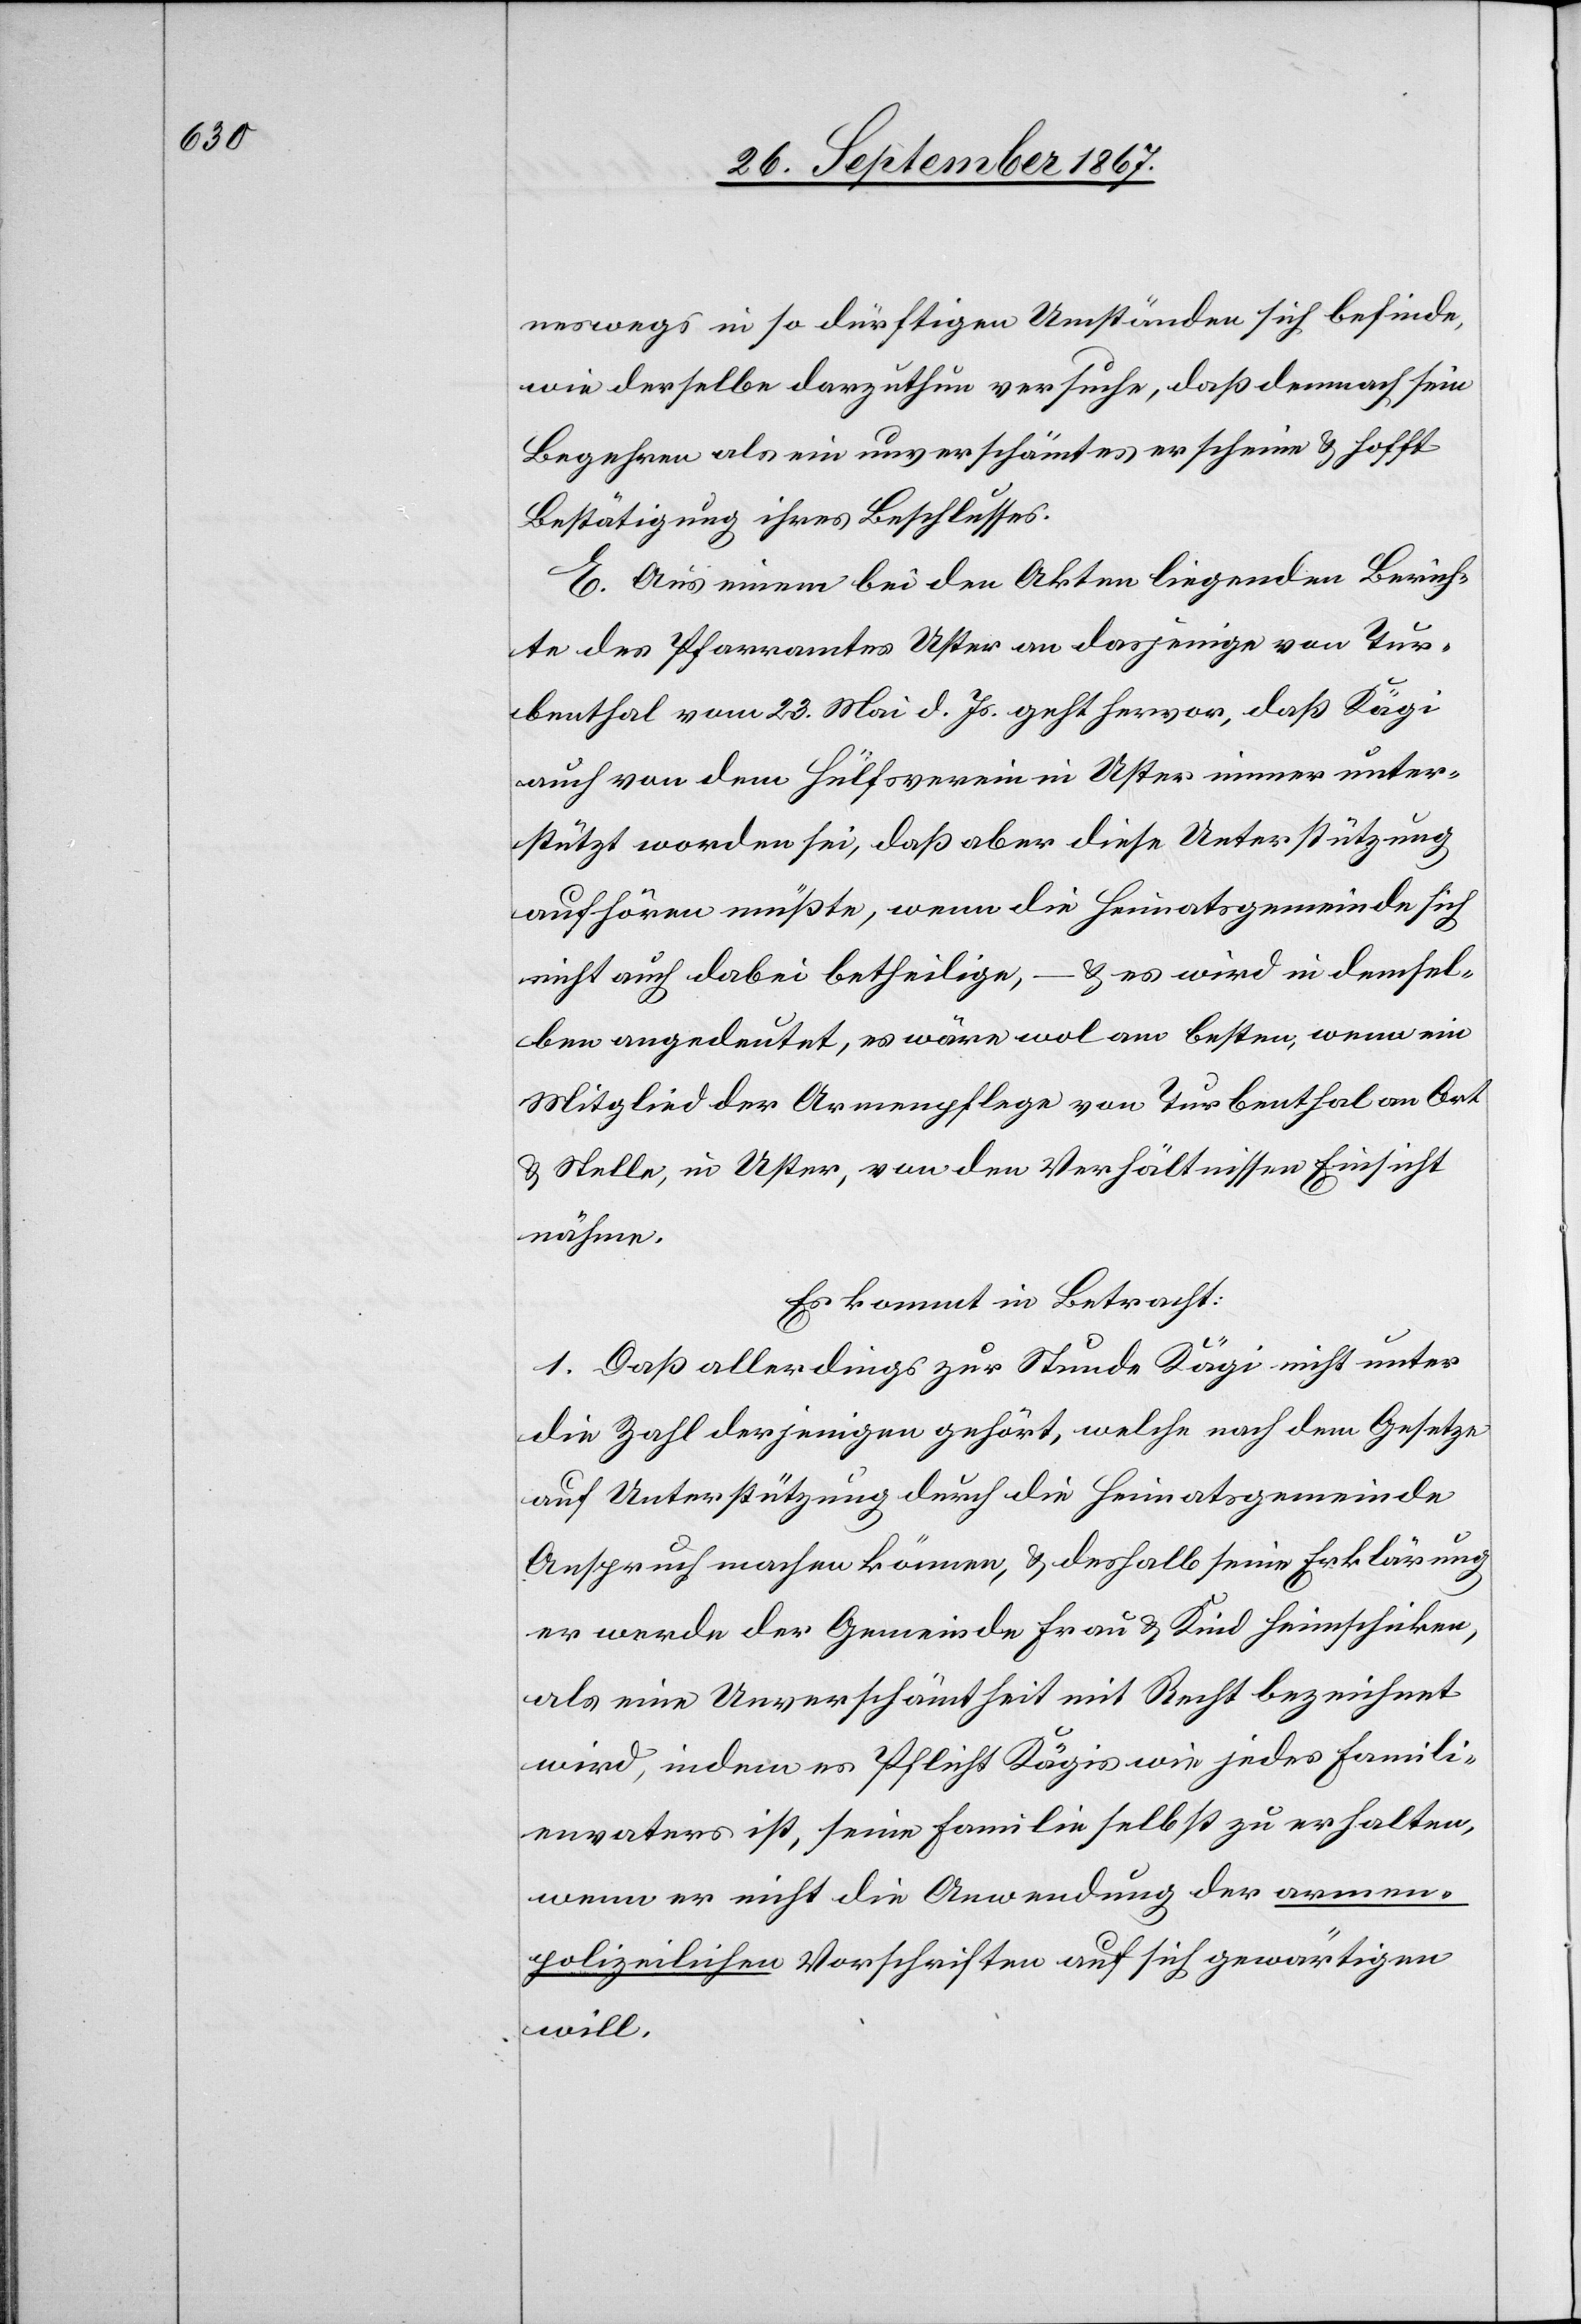
neswegs in so dürftigen Umständen sich befinde,
wie derselbe darzuthun versuche, daß demnach sein
Begehren als ein unverschämtes erscheine u. hofft
Bestätigung ihres Beschlusses.
E. Aus einem bei den Akten liegenden Berich¬
te des Pfarramtes Uster an dasjenige von Tur¬
benthal vom 23. Mai d. Js. geht hervor, daß Kägi
auch von dem Hülfsverein in Uster immer unter¬
stützt worden sei, daß aber diese Unterstützung
aufhören müßte, wenn die Heimatsgemeinde sich
nicht auch dabei betheilige, – u. es wird in demsel¬
ben angedeutet, es wäre wol am besten, wenn ein
Mitglied der Armenpflege von Turbenthal an Ort
u. Stelle, in Uster, von den Verhältnissen Einsicht
nehme.
Es kommt in Betracht:
1. Daß allerdings zur Stunde Kägi nicht unter
die Zahl derjenigen gehört, welche nach dem Gesetze
auf Unterstützung durch die Heimatsgemeinde
Anspruch machen können, u. deshalb seine Erklärung,
er werde der Gemeinde Frau u. Kind heimschicken,
als eine Unverschämtheit mit Recht bezeichnet
wird, indem es Pflicht Kägis wie jedes Famili¬
envaters ist, seine Familie selbst zu erhalten,
wenn er nicht die Anwendung der armen¬
polizeilichen Vorschriften auf sich gewärtigen
will,